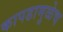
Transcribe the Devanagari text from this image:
कापडामुळेच